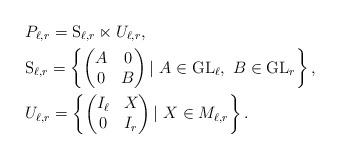
\begin{align*}&{P_{\ell,r}= \mathrm{S}_{\ell,r}\ltimes U_{\ell,r}},\\&\mathrm{S}_{\ell,r} = \left\{\begin{pmatrix}A&0\\0&B\end{pmatrix}|\ A\in\mathrm{GL}_{\ell},\ B\in\mathrm{GL}_{r} \right\},&\\&U_{\ell,r} = \left\{\begin{pmatrix}I_\ell&X\\0&I_r\end{pmatrix}|\ X\in M_{\ell,r}\right\}.&\end{align*}